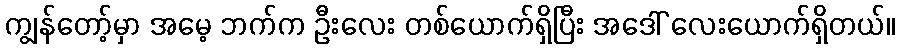
ကျွန်တော့်မှာ အမေ့ ဘက်က ဦးလေး တစ်ယောက်ရှိပြီး အဒေါ် လေးယောက်ရှိတယ်။